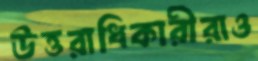
উত্তরাধিকারীরাও